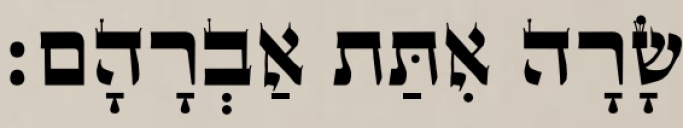
שָׂרָה אִתַּת אַבְרָהָם׃